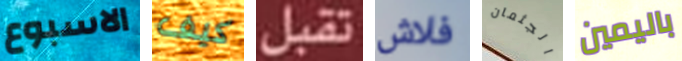
الاسبوع كيف تقبل فلاش الجثمان باليمين